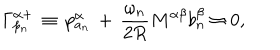
LaTeX: \Gamma _ { p _ { n } } ^ { \alpha + } \, \equiv \, p _ { a _ { n } } ^ { \alpha } \, + \, \frac { \omega _ { n } } { 2 R } M ^ { \alpha \beta } b _ { n } ^ { \beta } \approx 0 , \, \, \, \, \, \, \,